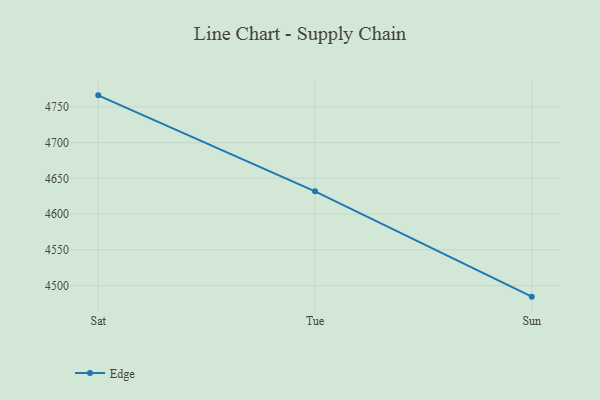
{"axis": {"x": "Day", "y": "Tickets Resolved"}, "legend": ["Edge"], "data": [{"x": "Sat", "y": 4766.1, "type": "Edge"}, {"x": "Tue", "y": 4631.8, "type": "Edge"}, {"x": "Sun", "y": 4484.4, "type": "Edge"}]}